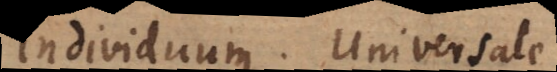
dividuum. Universale.